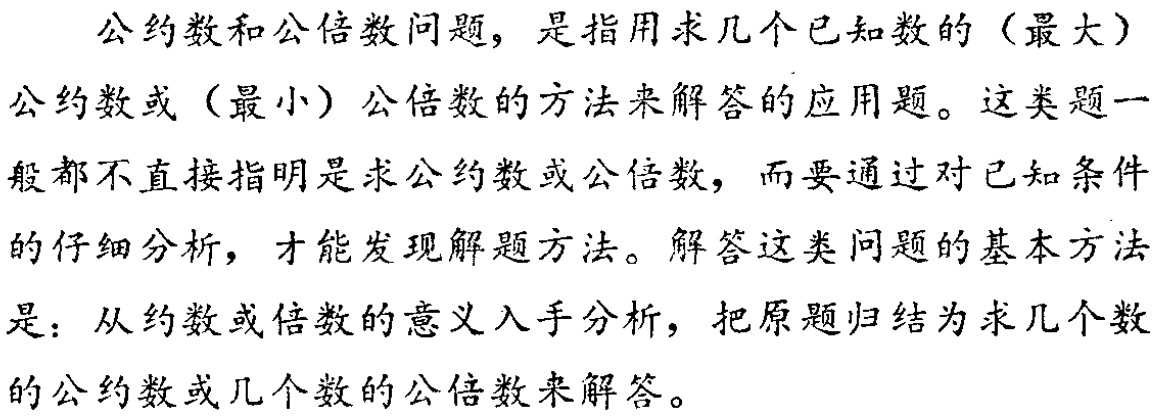
公约数和公倍数问题，是指用求几个已知数的（最大）

公约数或（最小）公倍数的方法来解答的应用题。这类题一

般都不直接指明是求公约数或公倍数，而要通过对已知条件

的仔细分析，才能发现解题方法。解答这类问题的基本方法

是：从约数或倍数的意义入手分析，把原题归结为求几个数

的公约数或几个数的公倍数来解答。